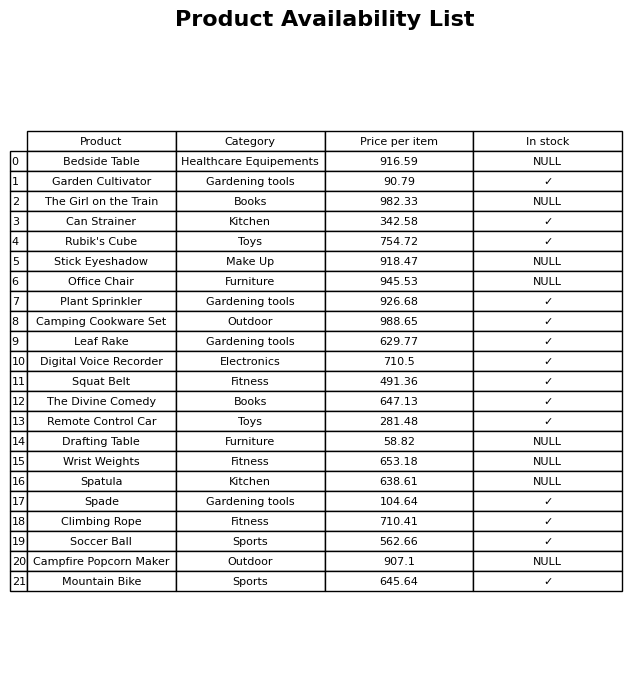
question: What is the price of the Camping Cookware Set?
answer: The price of Camping Cookware Set is 988.65.